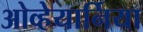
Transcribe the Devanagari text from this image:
ओव्हेयार्निया